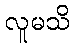
လူမသိ